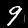
Digit: 9